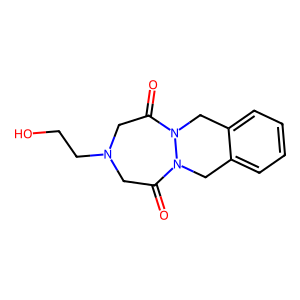
SMILES: O=C1CN(CCO)CC(=O)N2Cc3ccccc3CN12
Inhibits HIV replication: No